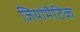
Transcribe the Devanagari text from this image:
जियोमैटिक